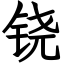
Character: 铙